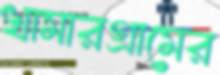
খামারগ্রামের